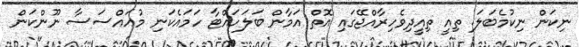
ނިކަން ނިކުމެބަލަ. ތިއީ ތިއީދިވެހިރާއްޖޭގައި އޮތް އަމާން ބަލަހައްޓާ ހަމައެކަނި މުއައްސަސާ ނޫންކަން